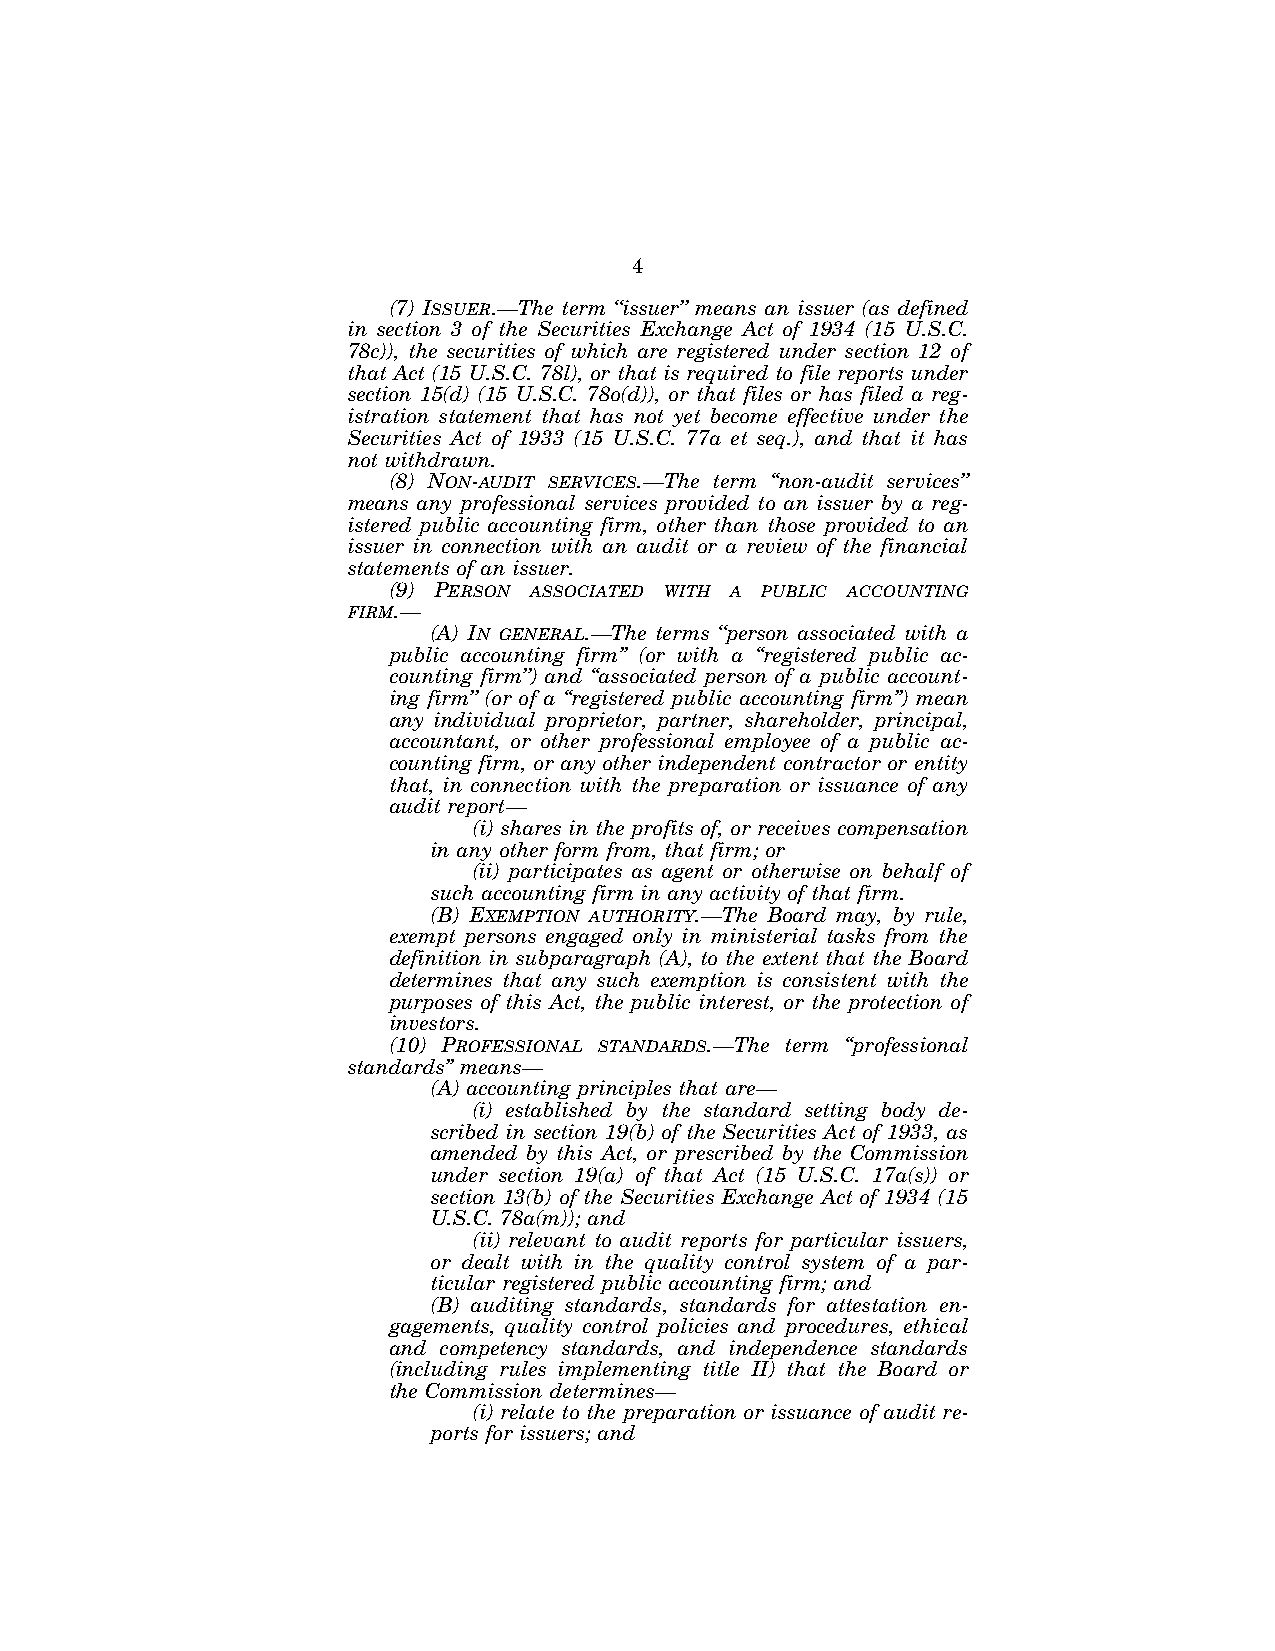
4
 (7) ISSUER.—The term ‘‘issuer’’ means an issuer (as defined
 in section 3 of the Securities Exchange Act of 1934 (15 U.S.C.
 78c)), the securities of which are registered under section 12 of
 that Act (15 U.S.C. 78l), or that is required to file reports under
 section 15(d) (15 U.S.C. 78o(d)), or that files or has filed a reg-
 istration statement that has not yet become effective under the
 Securities Act of 1933 (15 U.S.C. 77a et seq.), and that it has
 not withdrawn.
 (8) NON-AUDIT SERVICES.—The term ‘‘non-audit services’’
 means any professional services provided to an issuer by a reg-
 istered public accounting firm, other than those provided to an
 issuer in connection with an audit or a review of the financial
 statements of an issuer.
 (9) PERSON ASSOCIATED WITH A PUBLIC ACCOUNTING
 FIRM.—
 (A) IN GENERAL.—The terms ‘‘person associated with a
 public accounting firm’’ (or with a ‘‘registered public ac-
 counting firm’’) and ‘‘associated person of a public account-
 ing firm’’ (or of a ‘‘registered public accounting firm’’) mean
 any individual proprietor, partner, shareholder, principal,
 accountant, or other professional employee of a public ac-
 counting firm, or any other independent contractor or entity
 that, in connection with the preparation or issuance of any
 audit report—
 (i) shares in the profits of, or receives compensation
 in any other form from, that firm; or
 (ii) participates as agent or otherwise on behalf of
 such accounting firm in any activity of that firm.
 (B) EXEMPTION AUTHORITY.—The Board may, by rule,
 exempt persons engaged only in ministerial tasks from the
 definition in subparagraph (A), to the extent that the Board
 determines that any such exemption is consistent with the
 purposes of this Act, the public interest, or the protection of
 investors.
 (10) PROFESSIONAL STANDARDS.—The term ‘‘professional
 standards’’ means—
 (A) accounting principles that are—
 (i) established by the standard setting body de-
 scribed in section 19(b) of the Securities Act of 1933, as
 amended by this Act, or prescribed by the Commission
 under section 19(a) of that Act (15 U.S.C. 17a(s)) or
 section 13(b) of the Securities Exchange Act of 1934 (15
 U.S.C. 78a(m)); and
 (ii) relevant to audit reports for particular issuers,
 or dealt with in the quality control system of a par-
 ticular registered public accounting firm; and
 (B) auditing standards, standards for attestation en-
 gagements, quality control policies and procedures, ethical
 and competency standards, and independence standards
 (including rules implementing title II) that the Board or
 the Commission determines—
 (i) relate to the preparation or issuance of audit re-
 ports for issuers; and
 VerDate Jul 19 2002 16:35 Jul 25, 2002 Jkt 080361 PO 00000 Frm 00004 Fmt 6659 Sfmt 6603 E:\HR\OC\HR610.XXX pfrm15 PsN: HR610